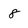
Character: 8